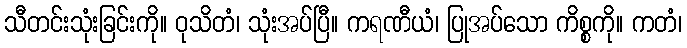
သီတင်းသုံးခြင်းကို။ ဝုသိတံ၊ သုံးအပ်ပြီ။ ကရဏီယံ၊ ပြုအပ်သော ကိစ္စကို။ ကတံ၊